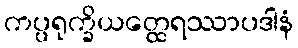
ကပ္ပရုက္ခိယတ္ထေရဿာပဒါနံ